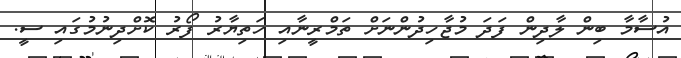
އުސާމާ ބިން ލާދިން ފަދަ މުޖާހިދުންނަށް ތަމްރީނާއި ހަތިޔާރު ފޯރު ކޮށްދިނުމުގައި ސީ.